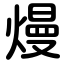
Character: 熳